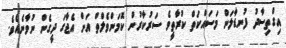
އިގްތިސާދު ފުނޑާލަން މަސައްކަތް ކުރާތީވެ ސަރުކާރުން ކޮމަންވެލްތް އަށް އެޖާގަ ދީގެން ނުވާނެއެވެ.